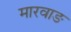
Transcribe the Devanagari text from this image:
मारवाङ